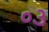
૦૩